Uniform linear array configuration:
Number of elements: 32
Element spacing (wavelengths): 0.5
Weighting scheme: blackman
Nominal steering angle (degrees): -60
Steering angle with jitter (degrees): -58.313
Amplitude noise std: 0.05
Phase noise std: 0.05

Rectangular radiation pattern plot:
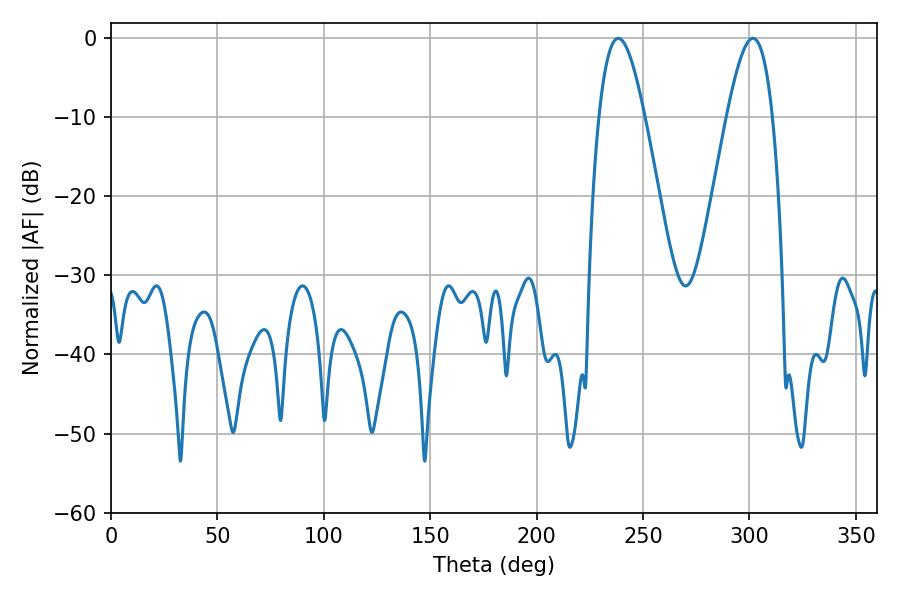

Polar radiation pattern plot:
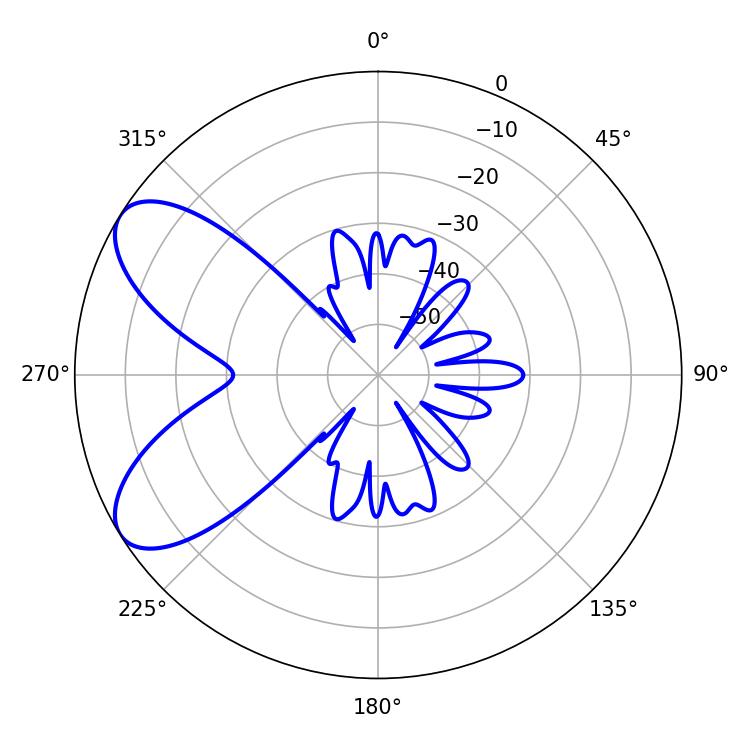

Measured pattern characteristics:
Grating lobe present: FALSE
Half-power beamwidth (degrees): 11.52
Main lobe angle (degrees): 238.32